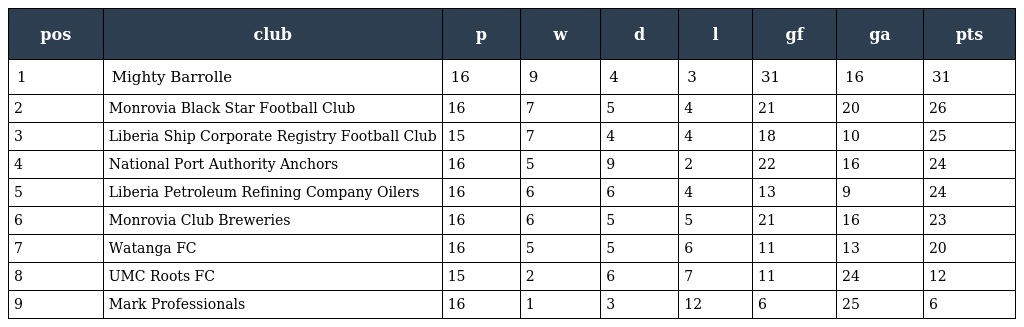
| pos | club | p | w | d | l | gf | ga | pts |
 | --- | --- | --- | --- | --- | --- | --- | --- | --- |
 | 1 | Mighty Barrolle | 16 | 9 | 4 | 3 | 31 | 16 | 31 |
 | 2 | Monrovia Black Star Football Club | 16 | 7 | 5 | 4 | 21 | 20 | 26 |
 | 3 | Liberia Ship Corporate Registry Football Club | 15 | 7 | 4 | 4 | 18 | 10 | 25 |
 | 4 | National Port Authority Anchors | 16 | 5 | 9 | 2 | 22 | 16 | 24 |
 | 5 | Liberia Petroleum Refining Company Oilers | 16 | 6 | 6 | 4 | 13 | 9 | 24 |
 | 6 | Monrovia Club Breweries | 16 | 6 | 5 | 5 | 21 | 16 | 23 |
 | 7 | Watanga FC | 16 | 5 | 5 | 6 | 11 | 13 | 20 |
 | 8 | UMC Roots FC | 15 | 2 | 6 | 7 | 11 | 24 | 12 |
 | 9 | Mark Professionals | 16 | 1 | 3 | 12 | 6 | 25 | 6 |